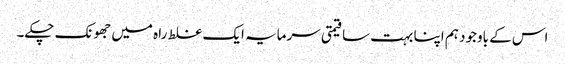
اس کے باوجود ہم اپنا بہت سا قیمتی سرمایہ ایک غلط راہ میں جھونک چکے۔